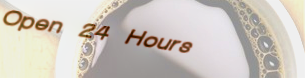
Open 24 Hours